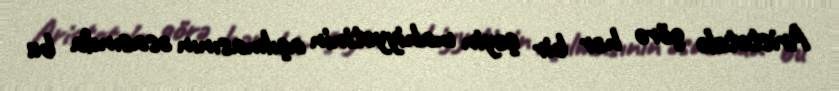
Aristotelə görə hər bir şeyin mahiyyətinin açılmasının əsasında bu